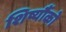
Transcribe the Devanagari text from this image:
शिष्यौंको